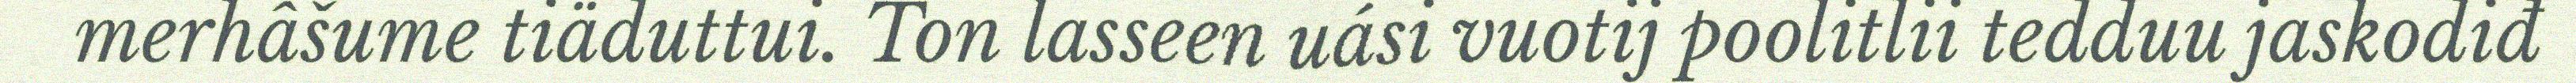
merhâšume tiäduttui. Ton lasseen uási vuotij poolitlii tedduu jaskodiđ